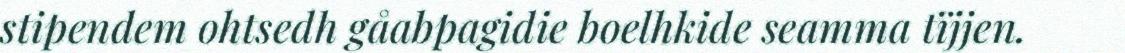
stipendem ohtsedh gåabpagidie boelhkide seamma tïjjen.